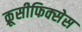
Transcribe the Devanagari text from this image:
क्रूसीफिक्‍सेस